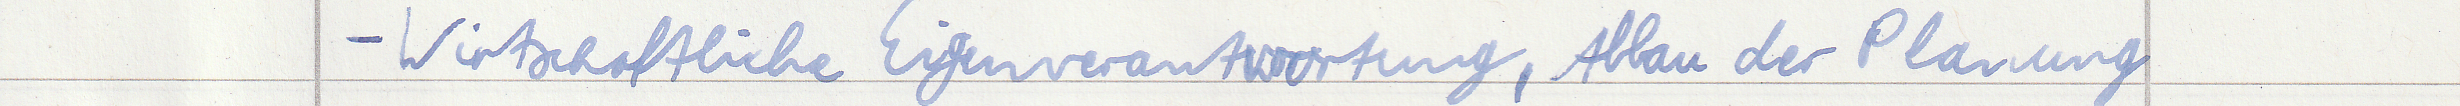
- Wirtschaftliche Eigenverantwortung, Abbei der Planung